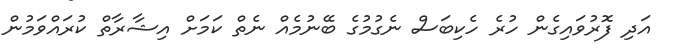
އަދި ފޮރުވައިގެން ހުރެ ހެކިބަސް ނެގުމުގެ ބޭނުމެއް ނެތް ކަމަށް އިޝާރާތް ކުރައްވަމުން